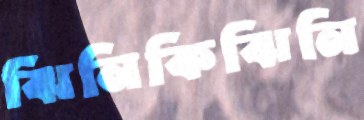
ঝিনিকিঝিনি